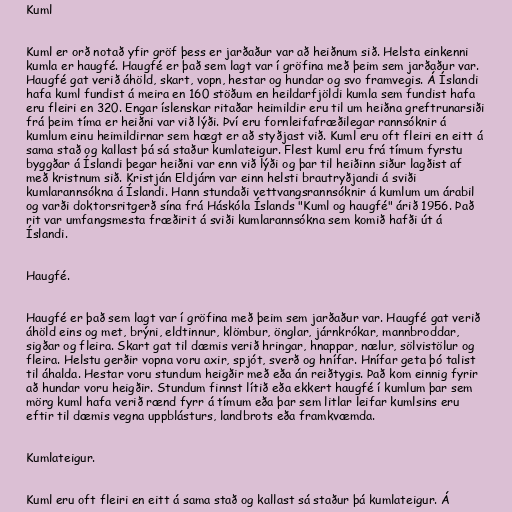
Kuml

Kuml er orð notað yfir gröf þess er jarðaður var að heiðnum sið. Helsta einkenni
kumla er haugfé. Haugfé er það sem lagt var í gröfina með þeim sem jarðaður var.
Haugfé gat verið áhöld, skart, vopn, hestar og hundar og svo framvegis. Á Íslandi
hafa kuml fundist á meira en 160 stöðum en heildarfjöldi kumla sem fundist hafa
eru fleiri en 320. Engar íslenskar ritaðar heimildir eru til um heiðna greftrunarsiði
frá þeim tíma er heiðni var við lýði. Því eru fornleifafræðilegar rannsóknir á
kumlum einu heimildirnar sem hægt er að styðjast við. Kuml eru oft fleiri en eitt á
sama stað og kallast þá sá staður kumlateigur. Flest kuml eru frá tímum fyrstu
byggðar á Íslandi þegar heiðni var enn við lýði og þar til heiðinn siður lagðist af
með kristnum sið. Kristján Eldjárn var einn helsti brautryðjandi á sviði
kumlarannsókna á Íslandi. Hann stundaði vettvangsrannsóknir á kumlum um árabil
og varði doktorsritgerð sína frá Háskóla Íslands "Kuml og haugfé" árið 1956. Það
rit var umfangsmesta fræðirit á sviði kumlarannsókna sem komið hafði út á
Íslandi.

Haugfé.

Haugfé er það sem lagt var í gröfina með þeim sem jarðaður var. Haugfé gat verið
áhöld eins og met, brýni, eldtinnur, klömbur, önglar, járnkrókar, mannbroddar,
sigðar og fleira. Skart gat til dæmis verið hringar, hnappar, nælur, sölvistölur og
fleira. Helstu gerðir vopna voru axir, spjót, sverð og hnífar. Hnífar geta þó talist
til áhalda. Hestar voru stundum heigðir með eða án reiðtygis. Það kom einnig fyrir
að hundar voru heigðir. Stundum finnst lítið eða ekkert haugfé í kumlum þar sem
mörg kuml hafa verið rænd fyrr á tímum eða þar sem litlar leifar kumlsins eru
eftir til dæmis vegna uppblásturs, landbrots eða framkvæmda.

Kumlateigur.

Kuml eru oft fleiri en eitt á sama stað og kallast sá staður þá kumlateigur. Á